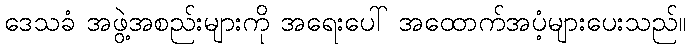
ဒေသခံ အဖွဲ့အစည်းများကို အရေးပေါ် အထောက်အပံ့များပေးသည်။